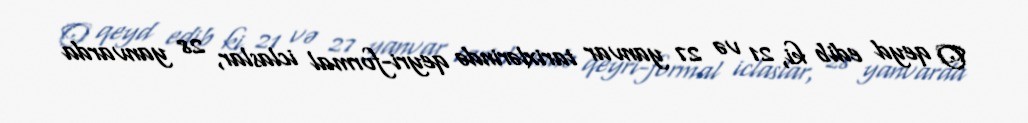
O qeyd edib ki, 21 və 27 yanvar tarixlərində qeyri-formal iclaslar, 28 yanvarda